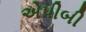
એપીબી